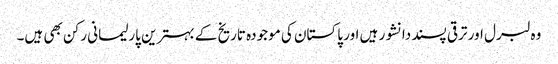
وہ لبرل اور ترقی پسند دانشور ہیں اور پاکستان کی موجودہ تاریخ کے بہترین پارلیمانی رکن بھی ہیں۔